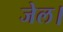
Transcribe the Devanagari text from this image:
जेल।